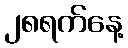
၂၈ရက်နေ့